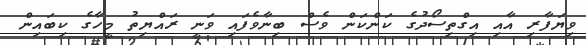
ވިޔަފާރި އާއި އިގްތިސޯދުގެ ކަންކަން ވެސް ބިނާވެފައި ވަނީ ރައްޔިތު މީހާގެ ކިބައިން